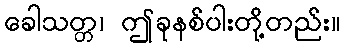
ခေါသတ္တ၊ ဤခုနစ်ပါးတို့တည်း။